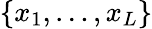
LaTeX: \{ x_{1},\ldots,x_{L}\}